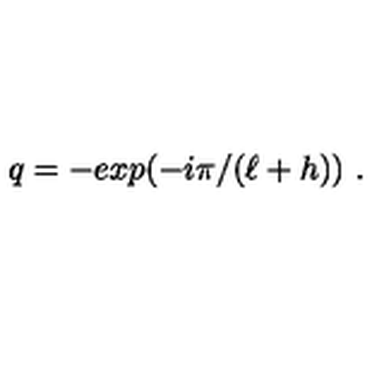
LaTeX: q = - e x p ( - i \pi / ( \ell + h ) ) \ .